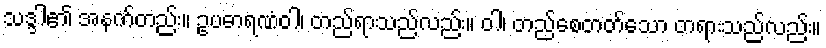
သဒ္ဒါ၏ အနက်တည်း။ ဥပဓာရဏံဝါ၊ တည်ရာသည်လည်း။ ဝါ၊ တည်စေတတ်သော တရားသည်လည်း။